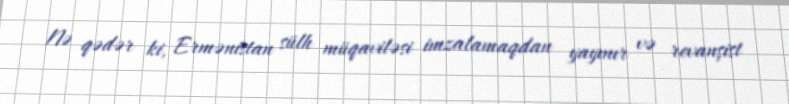
Nə qədər ki, Ermənistan sülh müqaviləsi imzalamaqdan yayınır və revanşist